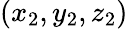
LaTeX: (x_{2},y_{2},z_{2})